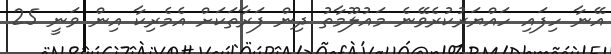
އޭނާ ހިފައި ހައްޔަރުކުރެވޭނެ މައުލޫމާތު ދިން ފަރާތަކަށް އެމެރިކާ އިން ވަނީ 25